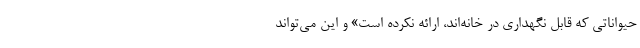
حیواناتی که قابل نگهداری در خانه‌اند، ارائه نکرده است» و این می‌تواند